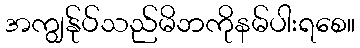
အကျွန်ုပ်သည်မိဘကိုနမ်ပါးရစေ။